Lunatic asylums Punjab 1911-1921 - 1911-1921
Year: 1911
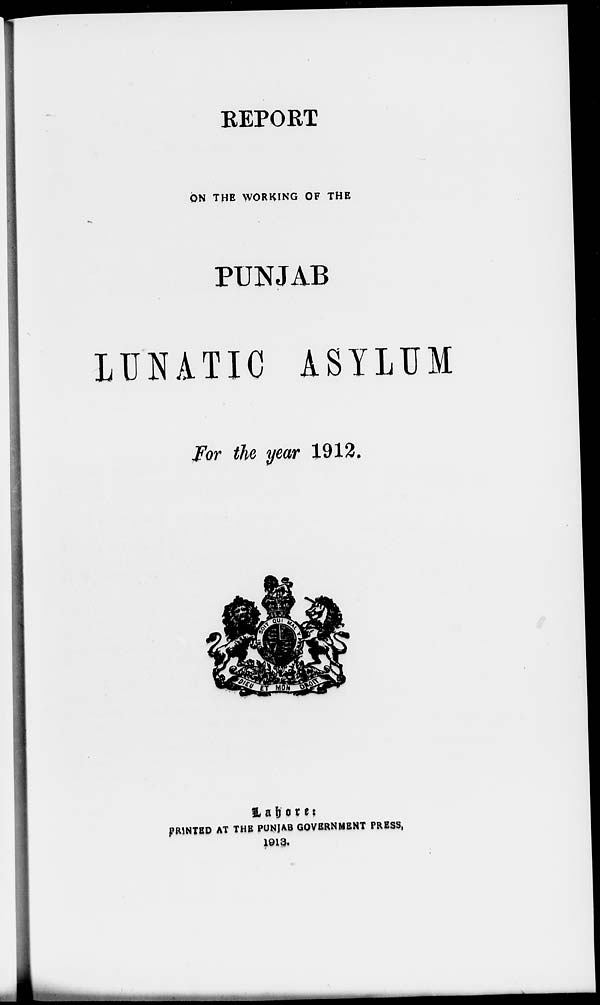
REPORT
ON THE WORKING OF THE
PUNJAB
LUNATIC ASYLUM
For the year 1912.
Lahore :
PRINTED AT THE PUNJAB GOVERNMENT PRESS,
1913.